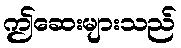
ဤဆေးများသည်